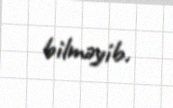
bilməyib.